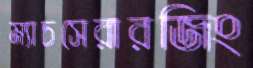
ম্যাচসেরারজিং